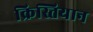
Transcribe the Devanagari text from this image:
क्रिस्तियान